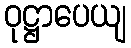
ဝုဋ္ဌာပေယျ